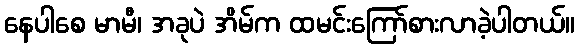
နေပါစေ မာမီ၊ အခုပဲ အိမ်က ထမင်းကြော်စားလာခဲ့ပါတယ်။